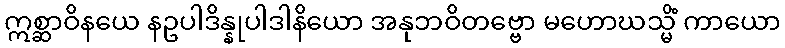
ဣစ္ဆာဝိနယေ နဥပါဒိန္နုပါဒါနိယော အနုဘဝိတဗ္ဗော မဟောဃသ္မိံ ကာယော